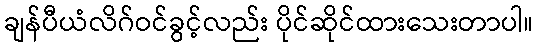
ချန်ပီယံလိဂ်ဝင်ခွင့်လည်း ပိုင်ဆိုင်ထားသေးတာပါ။